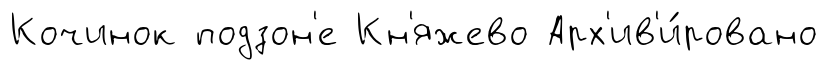
Кочинок подзон'е Кн'яжево Арх'ив'и́ровано